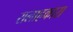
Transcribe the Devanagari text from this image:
सलाहकारा